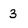
Character: 3